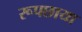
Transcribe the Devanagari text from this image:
रूपछाया